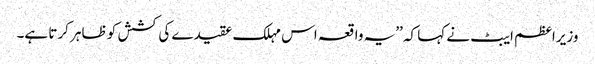
وزیراعظم ایبٹ نے کہا کہ ’’یہ واقعہ اس مہلک عقیدے کی کشش کو ظاہر کرتا ہے۔